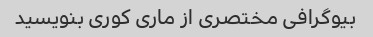
بیوگرافی مختصری از ماری کوری بنویسید